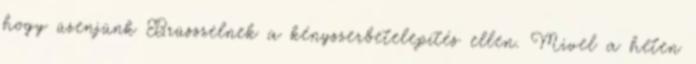
hogy üzenjünk Brüsszelnek a kényszerbetelepítés ellen. Mivel a héten